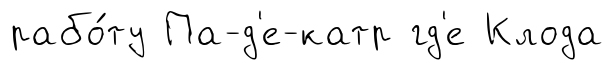
рабо́ту Па-д'е-катр гд'е Клода